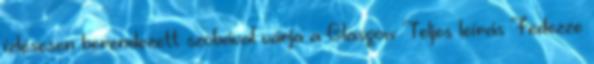
ízlésesen berendezett szobával várja a Glasgow Teljes leírás Fedezze